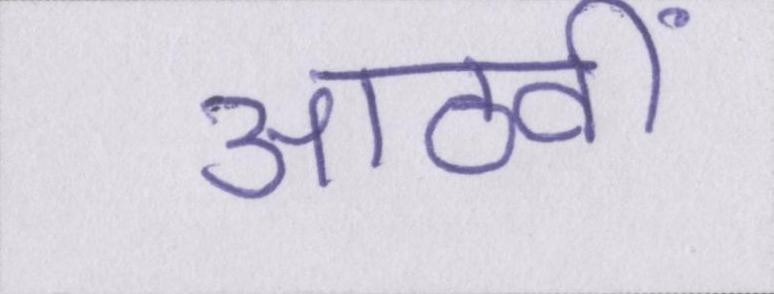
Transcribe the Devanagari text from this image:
आठवीं